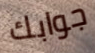
جوابك